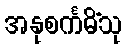
အနုစင်္ကမိံသု